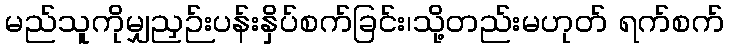
မည်သူကိုမျှညှဉ်းပန်းနှိပ်စက်ခြင်း၊သို့တည်းမဟုတ် ရက်စက်